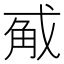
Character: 𭟵